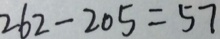
2 6 2 - 2 0 5 = 5 7